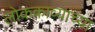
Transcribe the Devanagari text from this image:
लोककाव्याच्या